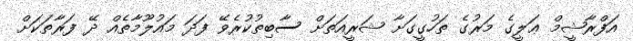
އަފްރާޝީމް ޢަލީގެ މަރުގެ ތަހުގީގަށާ ޝަރީއަތަށް ސާބިތުކުރެވޭ ފަދަ މައުލޫމާތެއް ދޭ ފަރާތަކަށް